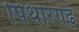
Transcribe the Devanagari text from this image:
पिथोरगढ़